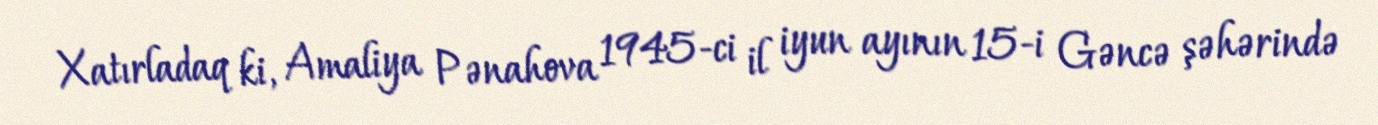
Xatırladaq ki, Amaliya Pənahova 1945-ci il iyun ayının 15-i Gəncə şəhərində